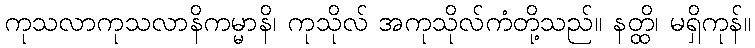
ကုသလာကုသလာနိကမ္မာနိ၊ ကုသိုလ် အကုသိုလ်ကံတို့သည်။ နတ္ထိ၊ မရှိကုန်။